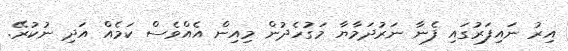
އިރު ނައިފަރުގައި ފެނާ ނަރުދަމާޔާ މަގުހެދުން މިއިން އެއްވެސް ކަމެއް އަދި ނުކުރޭ.